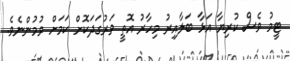
ޓީމު ވެސް ކުރިޔާ އަޅާ ބަލާއިރު މިހާރު އޮތީ ވަރުގަދަކޮށް ކަމަށް ވުމުންނެވެ.